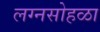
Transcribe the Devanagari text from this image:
लग्नसोहळा